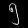
Digit: ၅